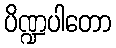
ပိဏ္ဍပါတော